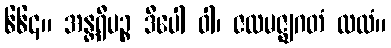
၆၆၄။ အန္တရီပဉ္စ ဒီပေါ ဝါ၊ ဇလမဇ္ဈဂတံ ထလံ။